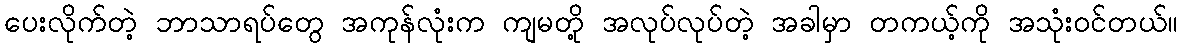
ပေးလိုက်တဲ့ ဘာသာရပ်တွေ အကုန်လုံးက ကျမတို့ အလုပ်လုပ်တဲ့ အခါမှာ တကယ့်ကို အသုံးဝင်တယ်။